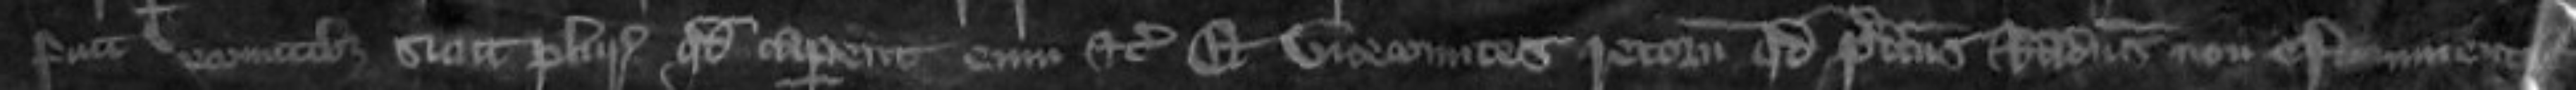
fuit vicecomitibus sicut pluries quod caperent eum etc Et vicecomites retornavunt quod predictus Radulphus non est inventus